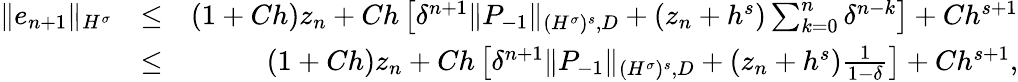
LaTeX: \begin{array}{rlr}{\| e_{n+1}\| _{H^{\sigma}}}&{\leq}&{(1+Ch)z_{n}+Ch\left[\delta^{n+1}\| P_{-1}\| _{{(H^{\sigma})^{s}},D}+\left(z_{n}+h^{s}\right)\sum_{k=0}^{n}\delta^{n-k}\right]+Ch^{s+1}}\\ &{\leq}&{(1+Ch)z_{n}+Ch\left[\delta^{n+1}\| P_{-1}\| _{{(H^{\sigma})^{s}},D}+\left(z_{n}+h^{s}\right)\frac{1}{1-\delta}\right]+Ch^{s+1},}\end{array}